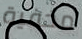
مخفية